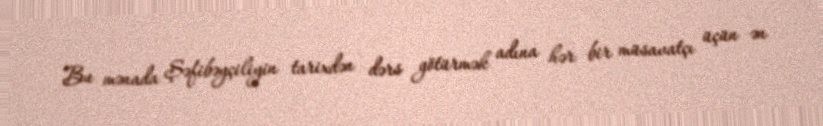
Bu mənada Şəfibəyçiliyin tarixdən dərs götürmək adına hər bir müsavatçı üçün ən